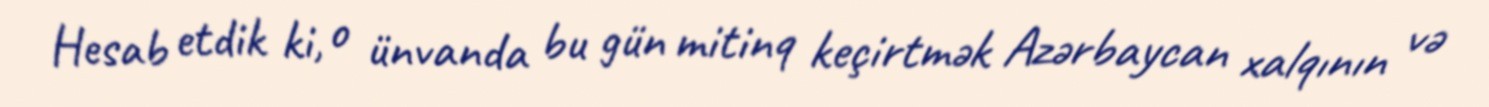
Hesab etdik ki, o ünvanda bu gün mitinq keçirtmək Azərbaycan xalqının və